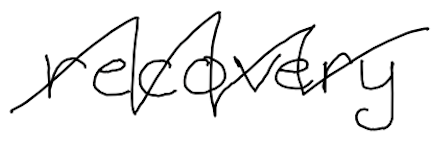
Text: recovery
Cross-out: zig-zag
Writing tool: digital_black